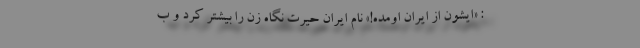
: «ایشون از ایران اومده!» نام ایران حیرت نگاه زن را بیشتر کرد و ب